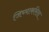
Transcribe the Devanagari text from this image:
जिच्याकरिता